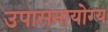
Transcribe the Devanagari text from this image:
उपासनायोग्य